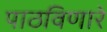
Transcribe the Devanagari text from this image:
पाठविणारे